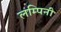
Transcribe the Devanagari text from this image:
लम्पिनी